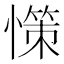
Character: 憡